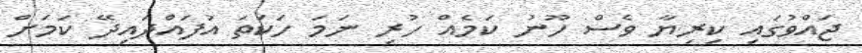
ޖައްވުގައި ކިރިޔާ ވެސް ހޫނު ކަމެއް ހުރި ނަމަ ހަކަތަ އުފައްދައިދޭ ކަމަށް